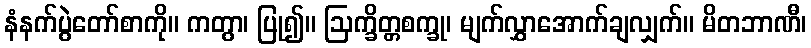
နံနက်ပွဲတော်စာကို။ ကတွာ၊ ပြု၍။ ဩက္ခိတ္တစက္ခု၊ မျက်လွှာအောက်ချလျှက်။ မိတဘာဏီ၊